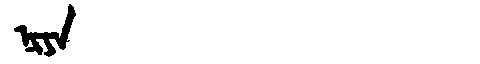
Manchu: ᠨᡳᠶᠠ
Romanization: NIYA